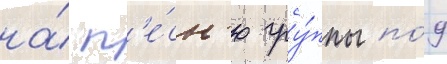
на́ п'е́сн'ю гру́ппы по́д